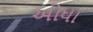
ઓધા